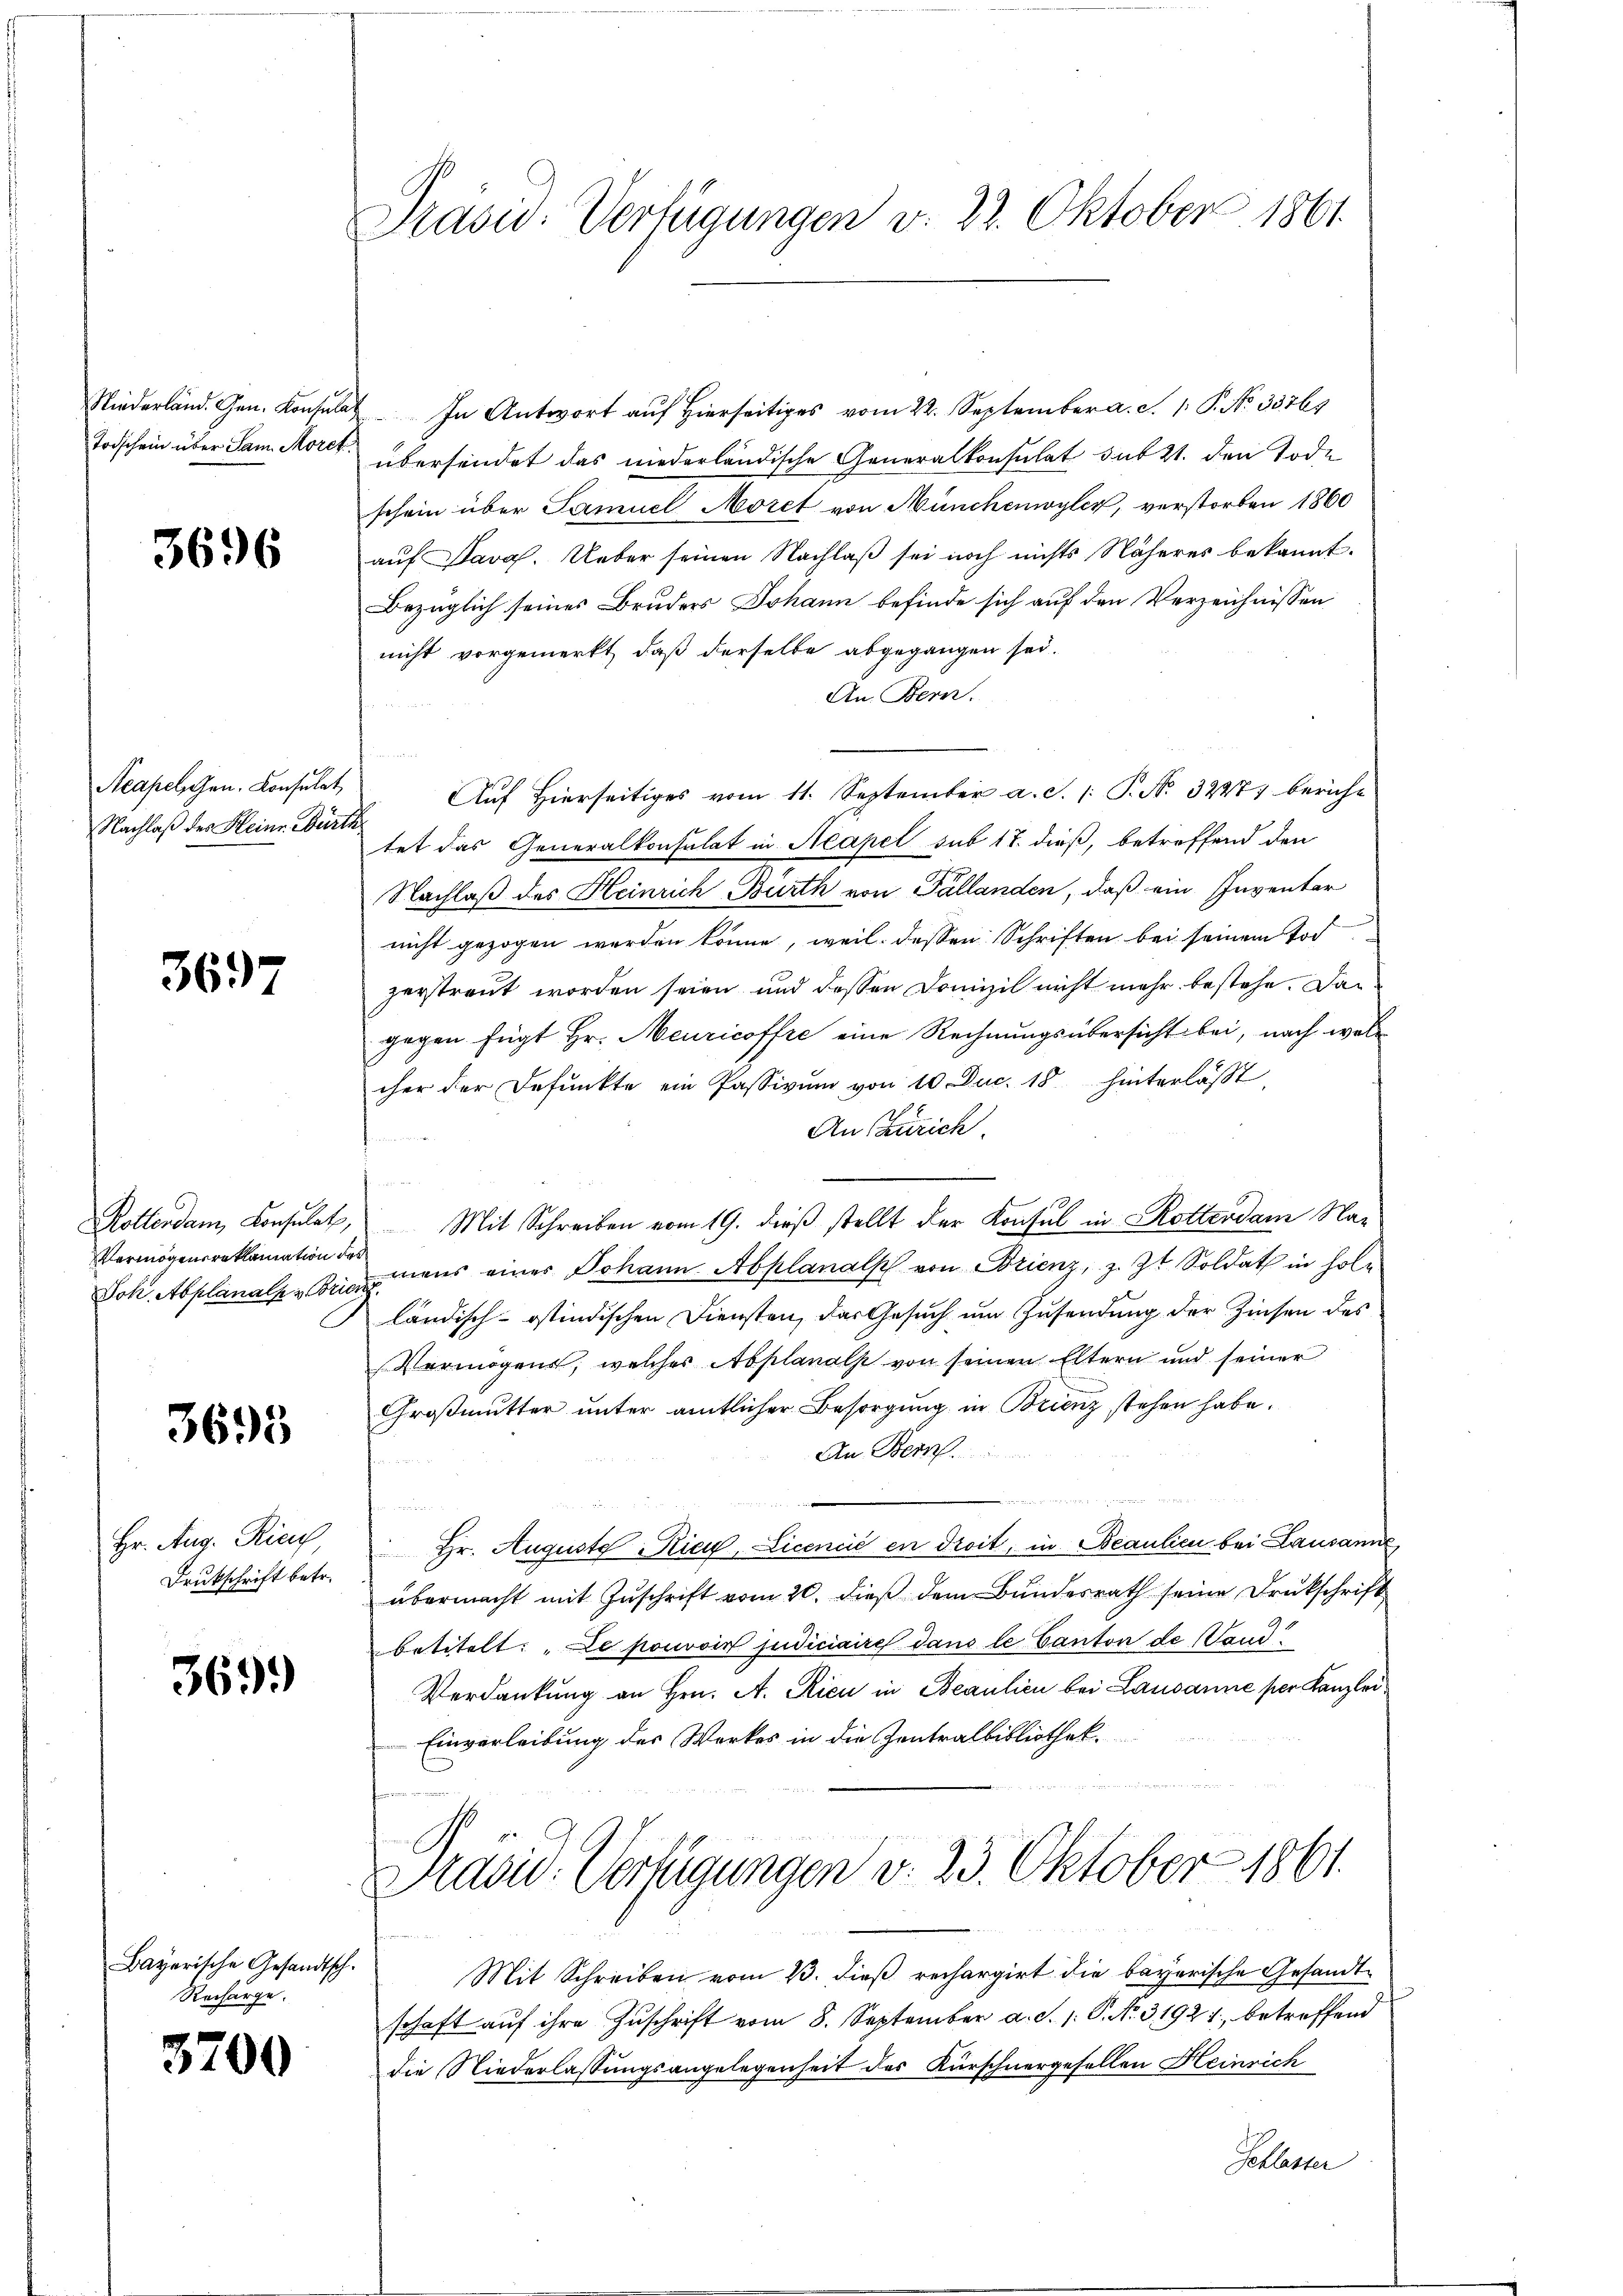
Todschein über Sam. Moret

3696

Neapelschen. Konsulat
Nachlaß des Heinr. Würth

3697

Poltenden Konsulat,
Joh. Abplanalp z. Brie

3695

Hr. Aug. Rich,
Drukschrift betr.

369.

Bayerische Gesandtsch.
Recharge.

3700

Präsid. Verfügungen v. 22. Oktober 1861

Niederländ. Gen. Konsulat In Antwort auf Hierseitiges vom 22. September a. c. 1. P. No. 35761
übersendet das niederländische Generalkonsulat sub 21. den Tode
schein über Samuel Moret von Münchenwyler, verstorben 1860
auf Sava. Ueber seinen Nachlaß sei noch nichts Näheres bekannt.
Bezüglich seines Bruders Johann befinde sich auf den Verzeichnissen
nicht vorgemerkt, daß derselbe abgegangen sei.
An Bern.
Auf Hierseitiges vom 11. September a. S. /: P. No. 3227) bericht
tet das Generalkonsulat in Neapel sub 17. dieß, betreffend den
Nachlaß des Heinrich Burth von Pallanden, daß ein Inventar
nicht gezogen werden könne, weil deßen Schriften bei seinem Tod
zerstraut worden seien und dessen Domizil nicht mehr bestehe. Dagegen fügt Hr. Meuricoffre eine Rechnungsübersicht bei, nach woll
cher der Befunkte ein Passivum von 10 Duc. 18 hinterlässt,
An Zürich
.
an
Mit Schreiben vom 19. dieß stellt der Konsul in Rotterdam Na¬
 22
Vermögensreklamation der mens eines Johann Abplanalp von Brienz, z. Zt. Soldat in hole
ländisch-ostindischen Diensten, das Gesuch um Zusendung der Zinsen des
Vermögens, welches Abplanals von seinen Eltern und seiner
Großmutter unter amtlicher Besorgung in Brienz stehen habe.
An Bern

Hr. Auguste Rieg, Licencié en droit, in Beaulici bei Lausanne
übermacht mit Zuschrift vom 20. dieß dem Bundesrath seine Drukschrift
betitelt: „Le pouvoir judiciaires dans le Canton de Wand
Verdankung an Hrn. A. Ricu in Beaulien bei Lausanne per Kanzlei¬
Einverleibung des Werkes in die Zentralbibliothek.
Prasiv. Verfügungen v. 23. Oktober 1861.
Mit Schreiben vom 13. dieß rechargirt die bayerische Gesandtschaft auf ihre Zuschrift vom 8. September a. S. 1: P. No. 31921, betreffend
die Niederlassungsangelegenheit des Kürschnergesellen Heinrich
Schlasser